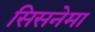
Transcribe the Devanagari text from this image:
सिसनेमा